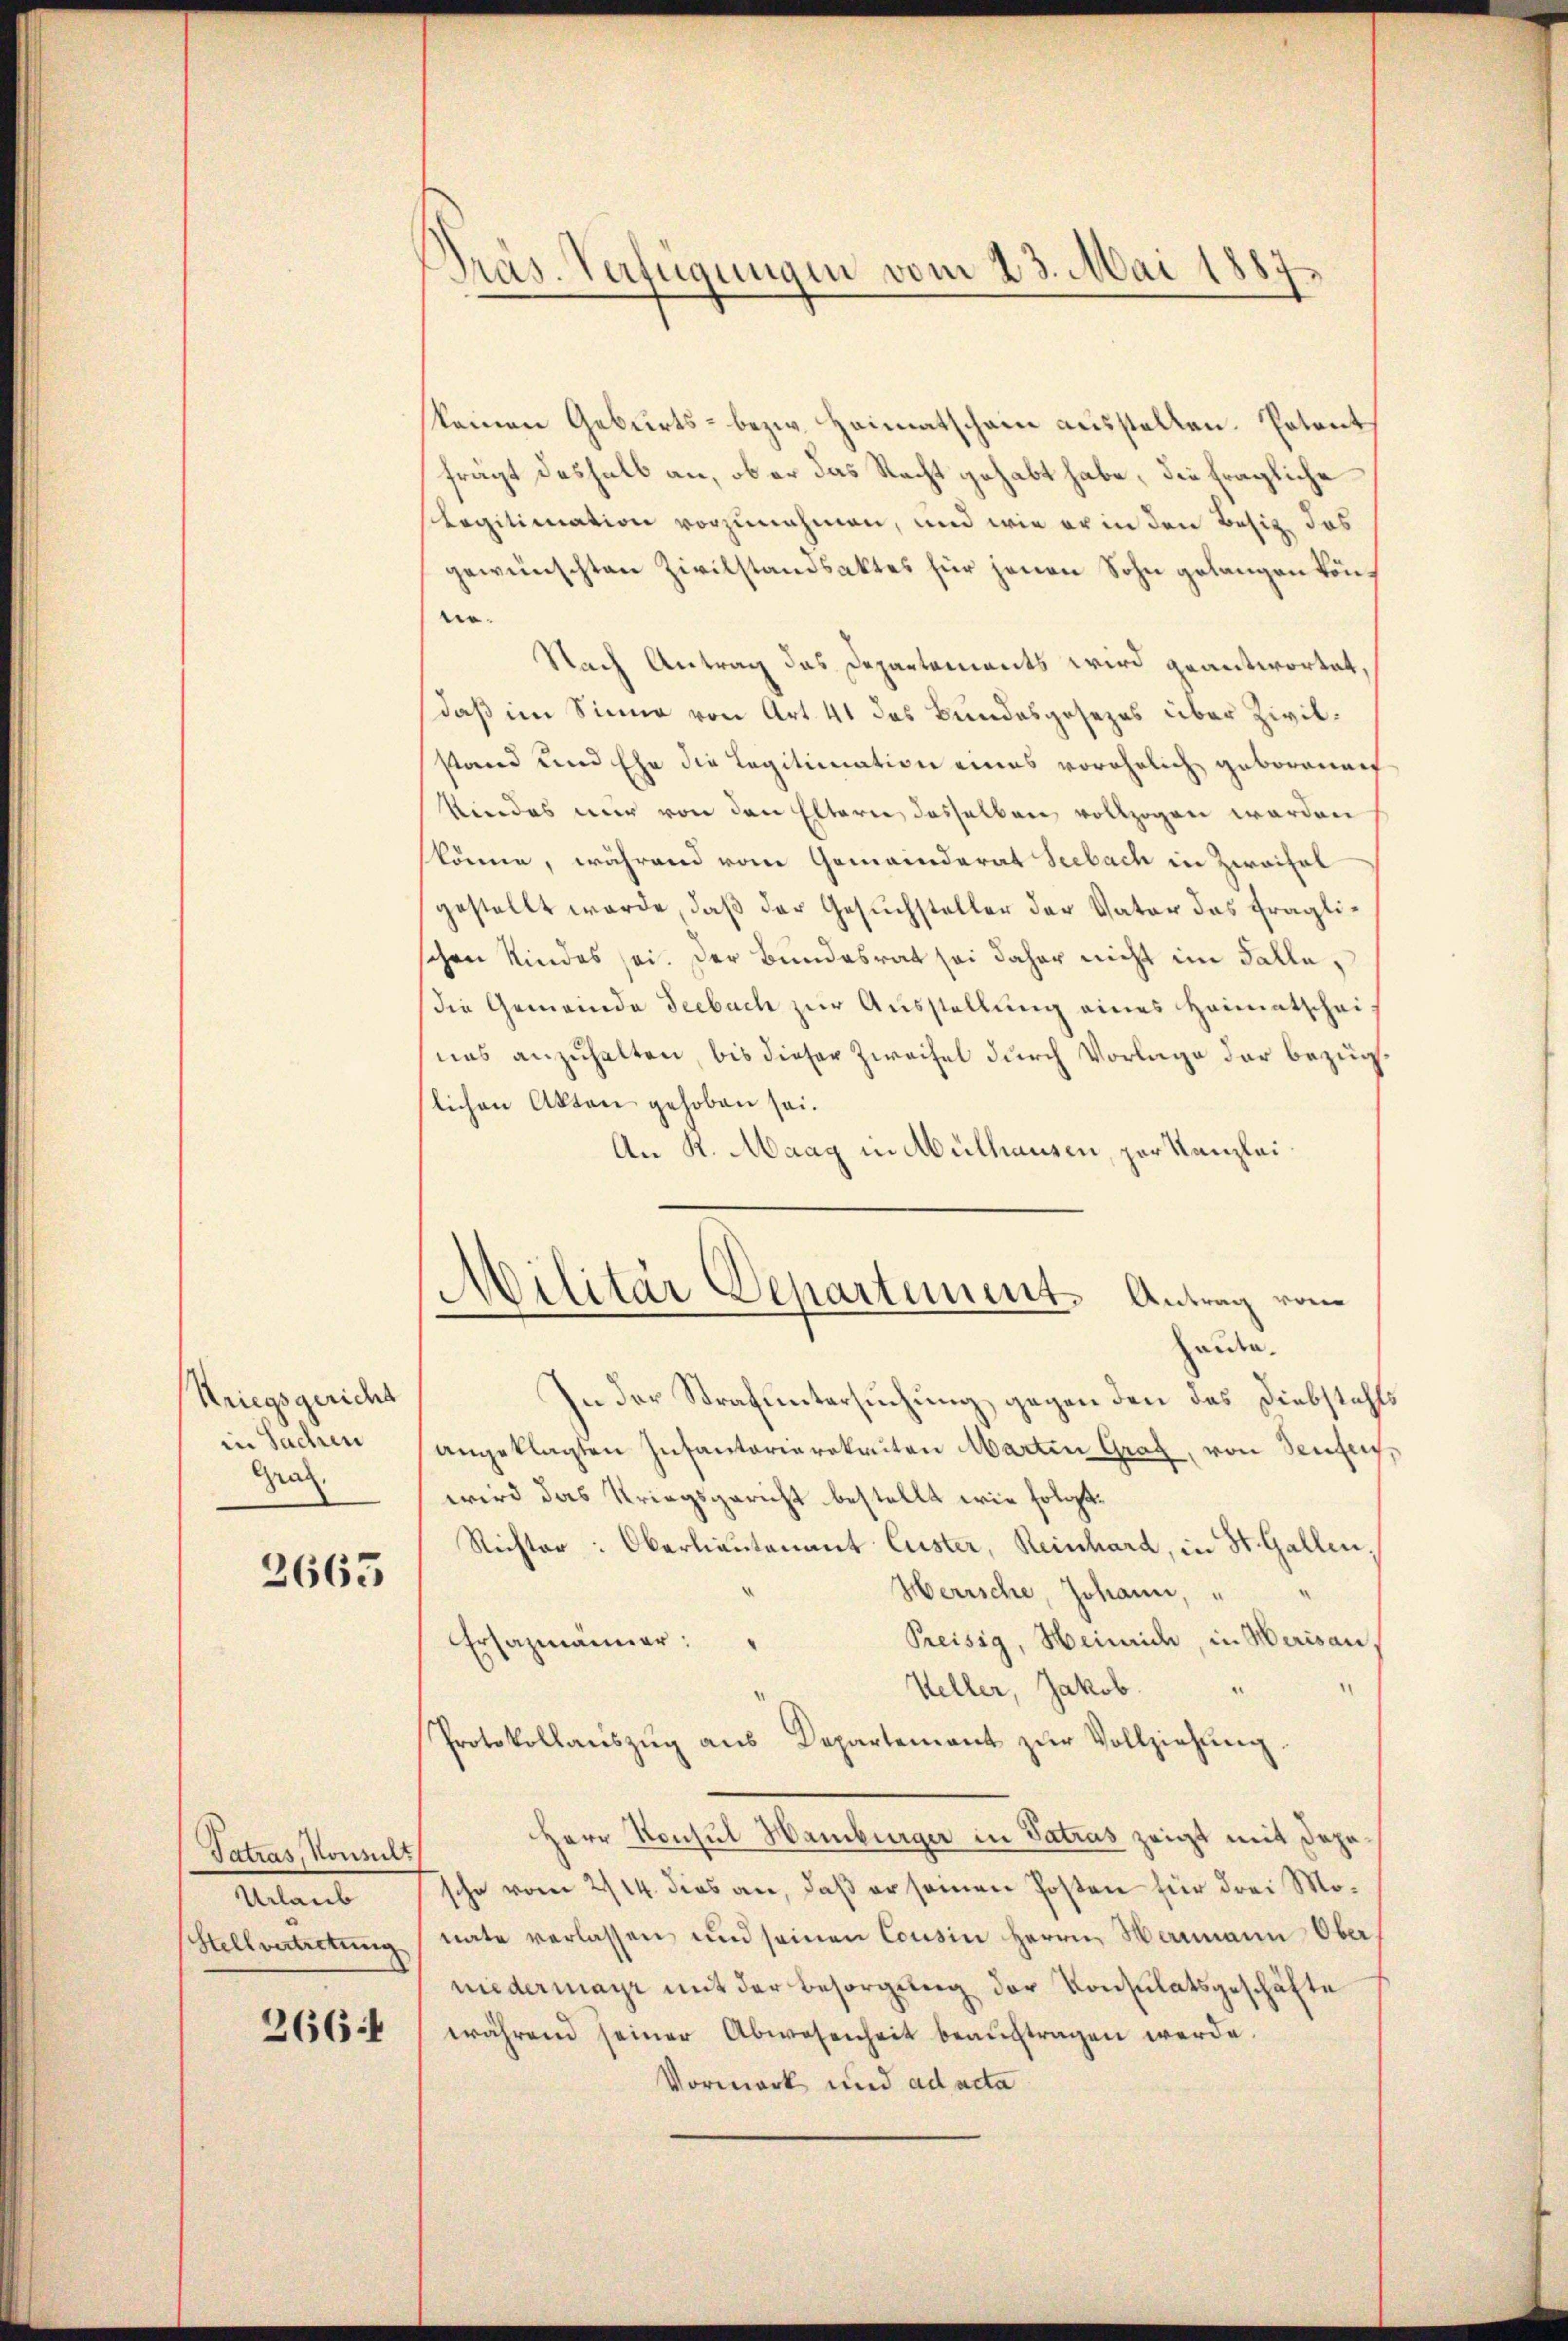
Kriegsgericht
in Sachen
Graz.

2663

Tatras, Konsult
Mitant
Htellvertretung

266:

Präs. Verfügungen vom 23. Mai 1887.

keinen Geburts- bezw. Heimatschain ausstellen. Potent
frägt deshalb an, ob er das Recht gehabt habe, die fragliche
Legitimation vorzunehmen, und wie er in den Besitz, das
gewünschten Zivilstandsaktes für jenen Sohn gelangen kön¬
.
Nach Antrag das Departements wird geantwortet,
daß im Sinne von Art. 41 das Bundesgesezes über Zivilstand und Ehe die Legitimation eines vorehelich geborenen
kindes nur von den Eltern dasselben vollzogen werden
skönne, während vom Gemeinderat Seebach in Zweifal
gestellt werde, daß der Gesuchsteller der Vater das fraglischen Kindes sei. Der Bundesrat sei daher nicht im Falle,
die Gemeinde Seebach zur Ausstellung eines Heimatscheiuas anzuhalten, bis dieser Zweifel durch Vorlage der bezüglichen Akten gehoben sei.
An K. Maag in Mülhausen, per Kanzlei.
Militär Departement. Antrag vom
aiden.
In der Strafuntersuchung gegen den das Diebstahls
angeklagten Infantarierekeiten Martin Graf, von Seifen,
wird das Kriegsgericht bestellt wie folgt.
Richter: Oberlieutenant luster, Reinhard, in St. Gallen,
Herrsche, Johann,
Preisig, Heinrich, in Herisau
Ersazmänner:
Heller, Jakob.
Protokollaŭszŭg aŭs Departement zŭr Vollziehŭng.
Herr Konsul Hamburger in Satras zeigt mit depesche vom 214. dies an, daß er seinen Posten für drei Monate verlassen und seinen Cousin Herrn Mammann Oberniedermayr mit der Besorgung der Konsulatsgeschäfte
während seiner Abwesenheit beaŭftragen werde.
Vormark und ad acta